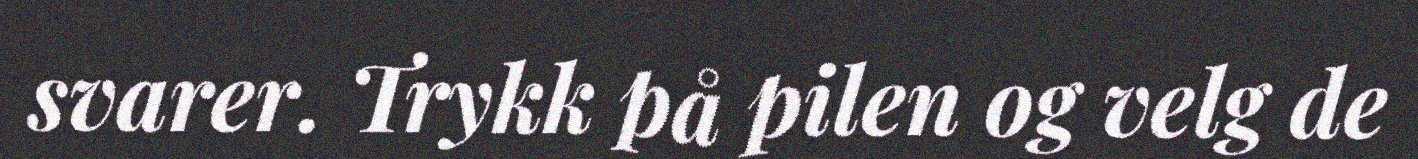
svarer. Trykk på pilen og velg de